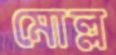
মোল্ল